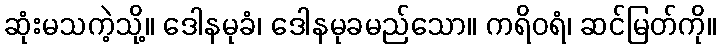
ဆုံးမသကဲ့သို့။ ဒေါနမုခံ၊ ဒေါနမုခမည်သော။ ကရိဝရံ၊ ဆင်မြတ်ကို။